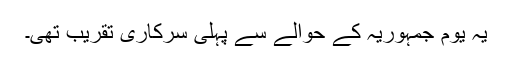
یہ یوم جمہوریہ کے حوالے سے پہلی سرکاری تقریب تھی۔